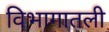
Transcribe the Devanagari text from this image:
विभागातली